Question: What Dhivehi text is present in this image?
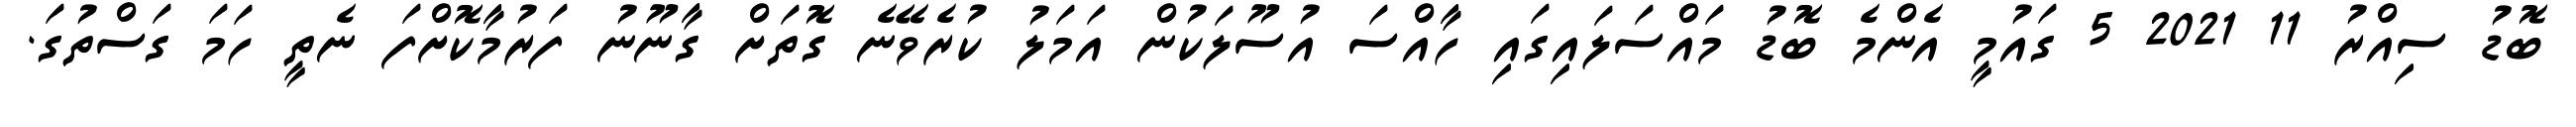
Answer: ބޮޑު ސިއްރު 11 2021 5 ގައުމީ އެންމެ ބޮޑު މައްސަލައިގައި ހާއްސަ އުސޫލަކުން އަމަލު ކުރެވޭނެ ގޮތަށް ގާނޫނު ފަރުމާކޮށްފަ ނެތީ ހަމަ ގަސްތުގަ.